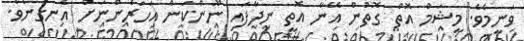
ވަނީމެވެ. މީޝަމް އޮތް ގޮތުން އޭނާ އޮތީ ނިދާފައި ނޫންކަން އަހަރެންނަށް އެނގުނެވެ.